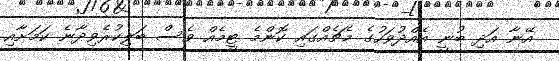
އޭނާ އަދި ބުނީ އެއްދުވަހުގެ މެޗެއްގައި ކޮންމެ ޓީމެއް ވެސް ބަލިކުރެވިދާނެ ކަމަށާއި